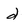
Character: d